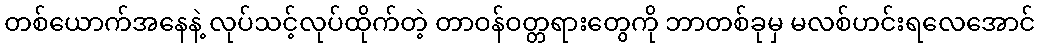
တစ်ယောက်အနေနဲ့ လုပ်သင့်လုပ်ထိုက်တဲ့ တာဝန်ဝတ္တရားတွေကို ဘာတစ်ခုမှ မလစ်ဟင်းရလေအောင်